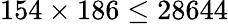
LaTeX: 154\times 186\leq 28644